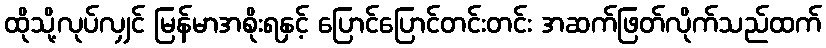
ထိုသို့လုပ်လျှင် မြန်မာအစိုးရနှင့် ပြောင်ပြောင်တင်းတင်း အဆက်ဖြတ်လိုက်သည်ထက်